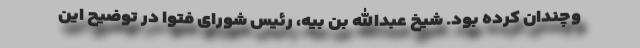
وچندان کرده بود. شیخ عبدالله بن بیه، رئیس شورای فتوا در توضیح این